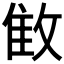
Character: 𰕌